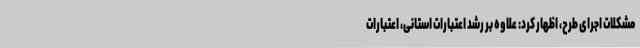
مشکلات اجرای طرح، اظهار کرد: علاوه بر رشد اعتبارات استانی، اعتبارات